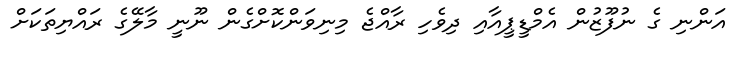
އަންނި ގެ ނުފޫޒުން އެމްޑީޕީއާއި ދިވެހި ރާއްޖެ މިނިވަންކޮށްގެން ނޫނީ މާލޭގެ ރައްޔިތަކަށް